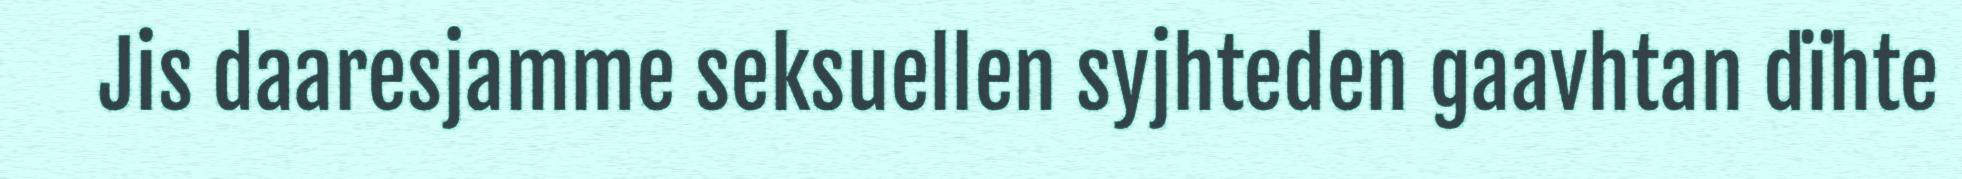
Jis daaresjamme seksuellen syjhteden gaavhtan dïhte